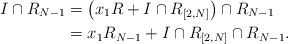
\begin{align*}I \cap R_{N-1} &= \left( x_1 R + I \cap R_{[2,N]} \right) \cap R_{N-1} \\&= x_1 R_{N-1} + I \cap R_{[2,N]} \cap R_{N-1}. \end{align*}